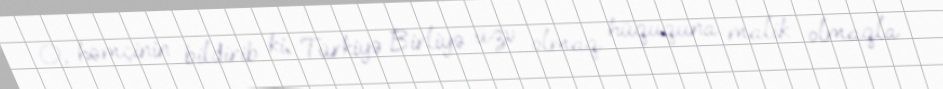
O, həmçinin bildirib ki, Türkiyə Birliyə üzv olmaq hüququna malik olmaqla